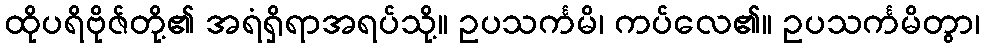
ထိုပရိဗိုဇ်တို့၏ အရံရှိရာအရပ်သို့။ ဥပသင်္ကမိ၊ ကပ်လေ၏။ ဥပသင်္ကမိတွာ၊